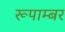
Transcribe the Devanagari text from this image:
रूपाम्बर